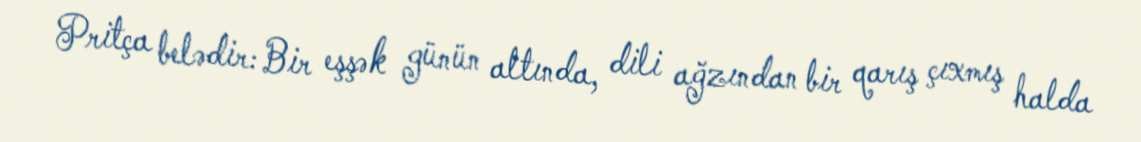
Pritça belədir: Bir eşşək günün altında, dili ağzından bir qarış çıxmış halda